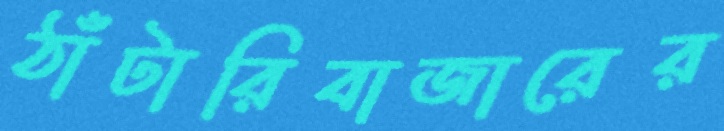
ঠাঁটারিবাজারের